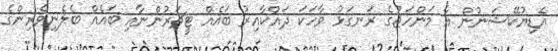
އެޑިޔުކޭޝަނުން އާ މަންހަޖުގެ ރަނގަޅު ވާހަކަ ދައްކާއިރު ބައެއް ޓީޗަރުންނާއި ބައެއް ބެލެނިވެރިންގެ